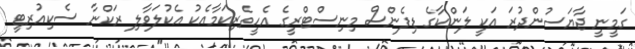
ގަމީނީ ޖާޔަސުންދުރަ އަކީ ލަންކާގެ ޑިފެންސް މިނިސްޓްރީގެ އެހީތެރިކަމާއެކު އެކުލަވާލި ރަކްނާ ސެކިއުރިޓީ